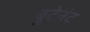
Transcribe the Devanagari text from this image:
बुटेनंट